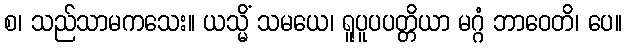
စ၊ သည်သာမကသေး။ ယသ္မိံ သမယေ၊ ရူပူပပတ္တိယာ မဂ္ဂံ ဘာဝေတိ၊ ပေ။